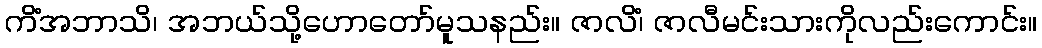
ကိံအဘာသိ၊ အဘယ်သို့ဟောတော်မူသနည်း။ ဇာလိံ၊ ဇာလီမင်းသားကိုလည်းကောင်း။